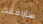
سأرافقك